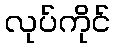
လုပ်ကိုင်